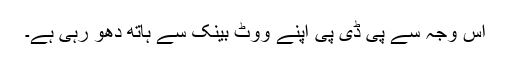
اس وجہ سے پی ڈی پی اپنے ووٹ بینک سے ہاتھ دھو رہی ہے۔